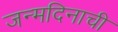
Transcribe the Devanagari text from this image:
जन्मदिनाची